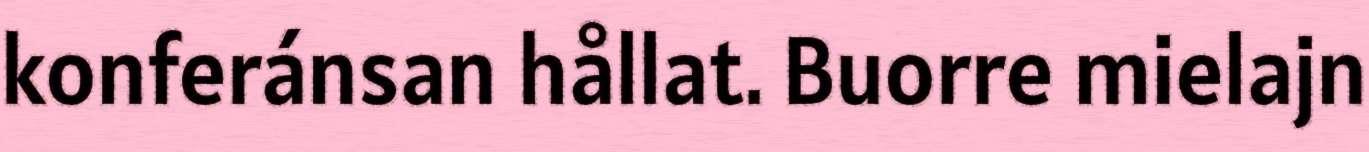
konferánsan hållat. Buorre mielajn